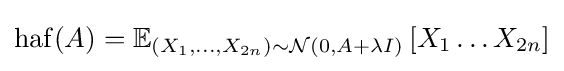
\operatorname {haf} (A)=\mathbb {E} _{\left(X_{1},\dots ,X_{2n}\right)\sim {\mathcal {N}}\left(0,A+\lambda I\right)}\left[X_{1}\dots X_{2n}\right]